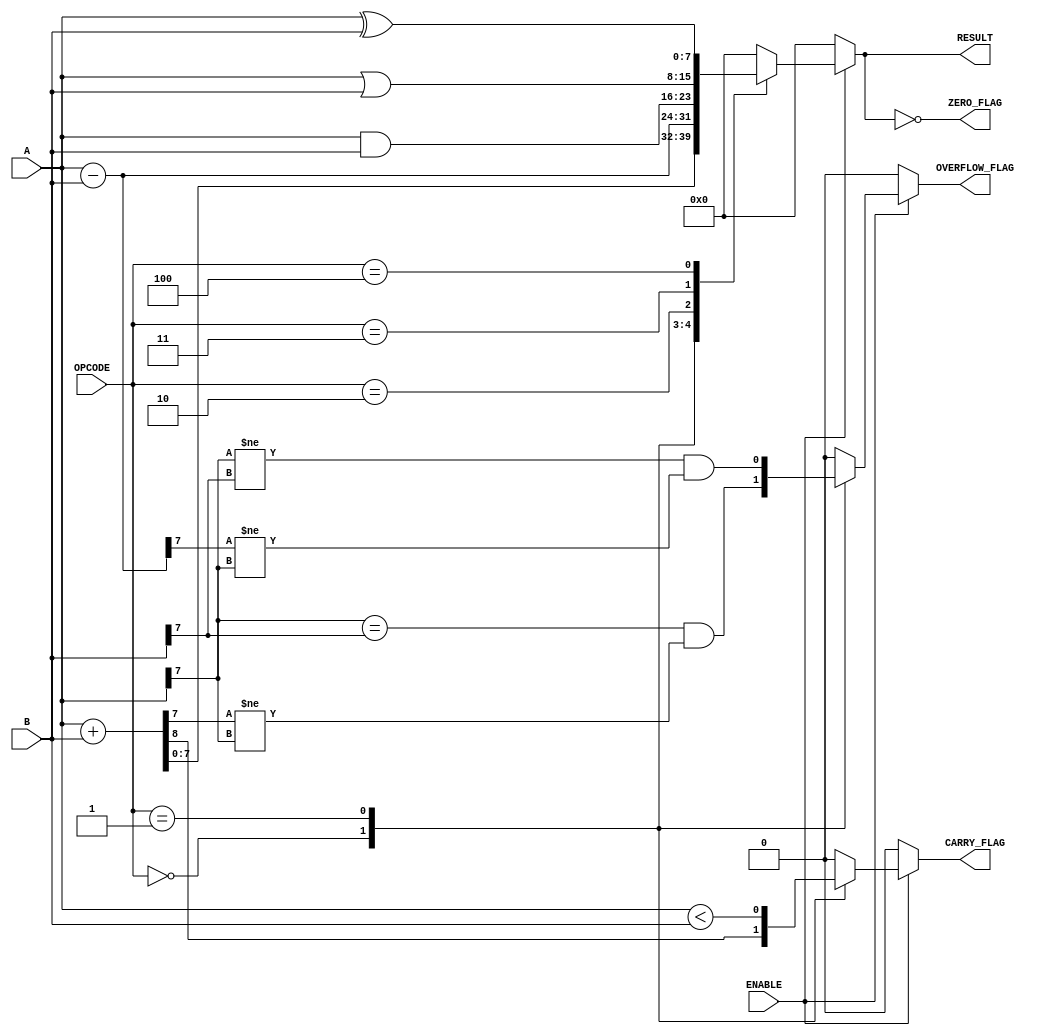
module parameterized_ALU #(
    parameter DATA_WIDTH = 8  // Default data width
)(
    input  wire [DATA_WIDTH-1:0] A,        // First operand
    input  wire [DATA_WIDTH-1:0] B,        // Second operand
    input  wire [2:0] OPCODE,               // Operation code
    input  wire ENABLE,                      // Enable signal
    output reg  [DATA_WIDTH-1:0] RESULT,    // Result of the operation
    output reg  ZERO_FLAG,                  // Zero flag
    output reg  CARRY_FLAG,                 // Carry flag
    output reg  OVERFLOW_FLAG                // Overflow flag
);

    // Internal signals
    wire [DATA_WIDTH:0] sum;                // For carry detection in addition
    wire [DATA_WIDTH-1:0] sub;              // For borrow detection in subtraction
    wire [DATA_WIDTH-1:0] and_result;       // AND result
    wire [DATA_WIDTH-1:0] or_result;        // OR result
    wire [DATA_WIDTH-1:0] xor_result;       // XOR result
    wire lt;                                 // Less than comparison
    wire eq;                                 // Equality comparison

    // Perform operations based on OPCODE
    always @(*) begin
        if (ENABLE) begin
            case (OPCODE)
                3'b000: begin // Addition
                    sum = A + B;
                    RESULT = sum[DATA_WIDTH-1:0];
                    CARRY_FLAG = sum[DATA_WIDTH]; // Carry out
                    OVERFLOW_FLAG = (A[DATA_WIDTH-1] == B[DATA_WIDTH-1]) && (RESULT[DATA_WIDTH-1] != A[DATA_WIDTH-1]); // Overflow detection
                end
                3'b001: begin // Subtraction
                    sub = A - B;
                    RESULT = sub;
                    CARRY_FLAG = (A < B); // Borrow detection
                    OVERFLOW_FLAG = (A[DATA_WIDTH-1] != B[DATA_WIDTH-1]) && (RESULT[DATA_WIDTH-1] != A[DATA_WIDTH-1]); // Overflow detection
                end
                3'b010: begin // Bitwise AND
                    RESULT = A & B;
                    CARRY_FLAG = 0;
                    OVERFLOW_FLAG = 0;
                end
                3'b011: begin // Bitwise OR
                    RESULT = A | B;
                    CARRY_FLAG = 0;
                    OVERFLOW_FLAG = 0;
                end
                3'b100: begin // Bitwise XOR
                    RESULT = A ^ B;
                    CARRY_FLAG = 0;
                    OVERFLOW_FLAG = 0;
                end
                3'b101: begin // Less than comparison
                    lt = (A < B);
                    RESULT = {DATA_WIDTH{1'b0}}; // Result is not used
                    CARRY_FLAG = 0;
                    OVERFLOW_FLAG = 0;
                    ZERO_FLAG = lt;
                end
                3'b110: begin // Equality comparison
                    eq = (A == B);
                    RESULT = {DATA_WIDTH{1'b0}}; // Result is not used
                    CARRY_FLAG = 0;
                    OVERFLOW_FLAG = 0;
                    ZERO_FLAG = eq;
                end
                default: begin // Default case
                    RESULT = {DATA_WIDTH{1'b0}};
                    CARRY_FLAG = 0;
                    OVERFLOW_FLAG = 0;
                end
            endcase
        end else begin
            // When not enabled, output default values
            RESULT = {DATA_WIDTH{1'b0}};
            CARRY_FLAG = 0;
            OVERFLOW_FLAG = 0;
            ZERO_FLAG = 1; // Default to zero
        end

        // Set the ZERO_FLAG based on the RESULT
        ZERO_FLAG = (RESULT == {DATA_WIDTH{1'b0}});
    end

endmodule